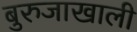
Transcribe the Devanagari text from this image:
बुरुजाखाली